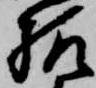
様